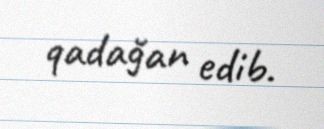
qadağan edib.